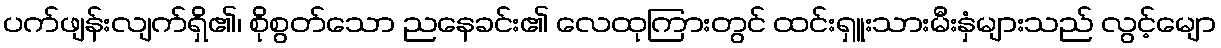
ပက်ဖျန်းလျက်ရှိ၏၊ စိုစွတ်သော ညနေခင်း၏ လေထုကြားတွင် ထင်းရှူးသားမီးနှံများသည် လွင့်မျော